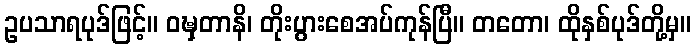
ဥပသာရပုဒ်ဖြင့်။ ဝဍ္ဎှတာနိ၊ တိုးပွားစေအပ်ကုန်ပြီ။ တတော၊ ထိုနှစ်ပုဒ်တို့မှ။